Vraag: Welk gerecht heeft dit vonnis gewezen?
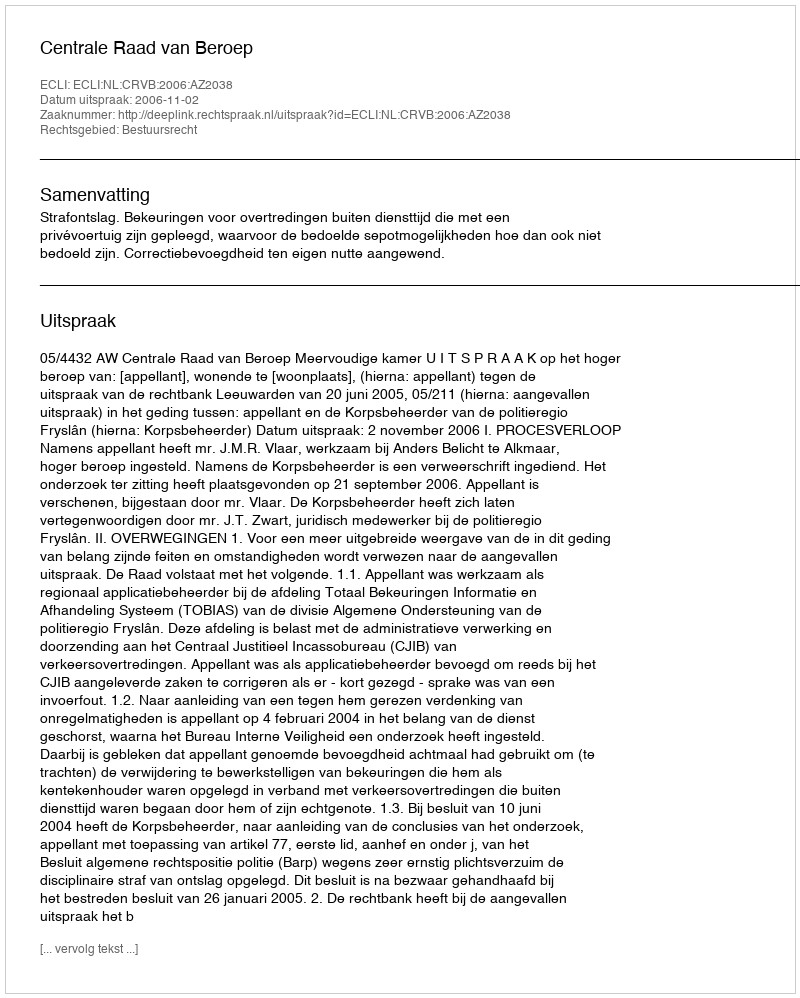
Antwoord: Centrale Raad van Beroep